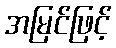
အမြင်ဖြင့်